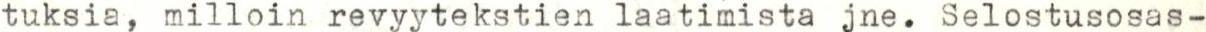
tuksia, milloin revyytekstien laatimista jne. Selostusosas-